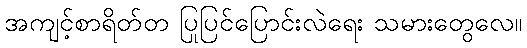
အကျင့်စာရိတ်တ ပြုပြင်ပြောင်းလဲရေး သမားတွေလေ။